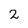
Character: 2